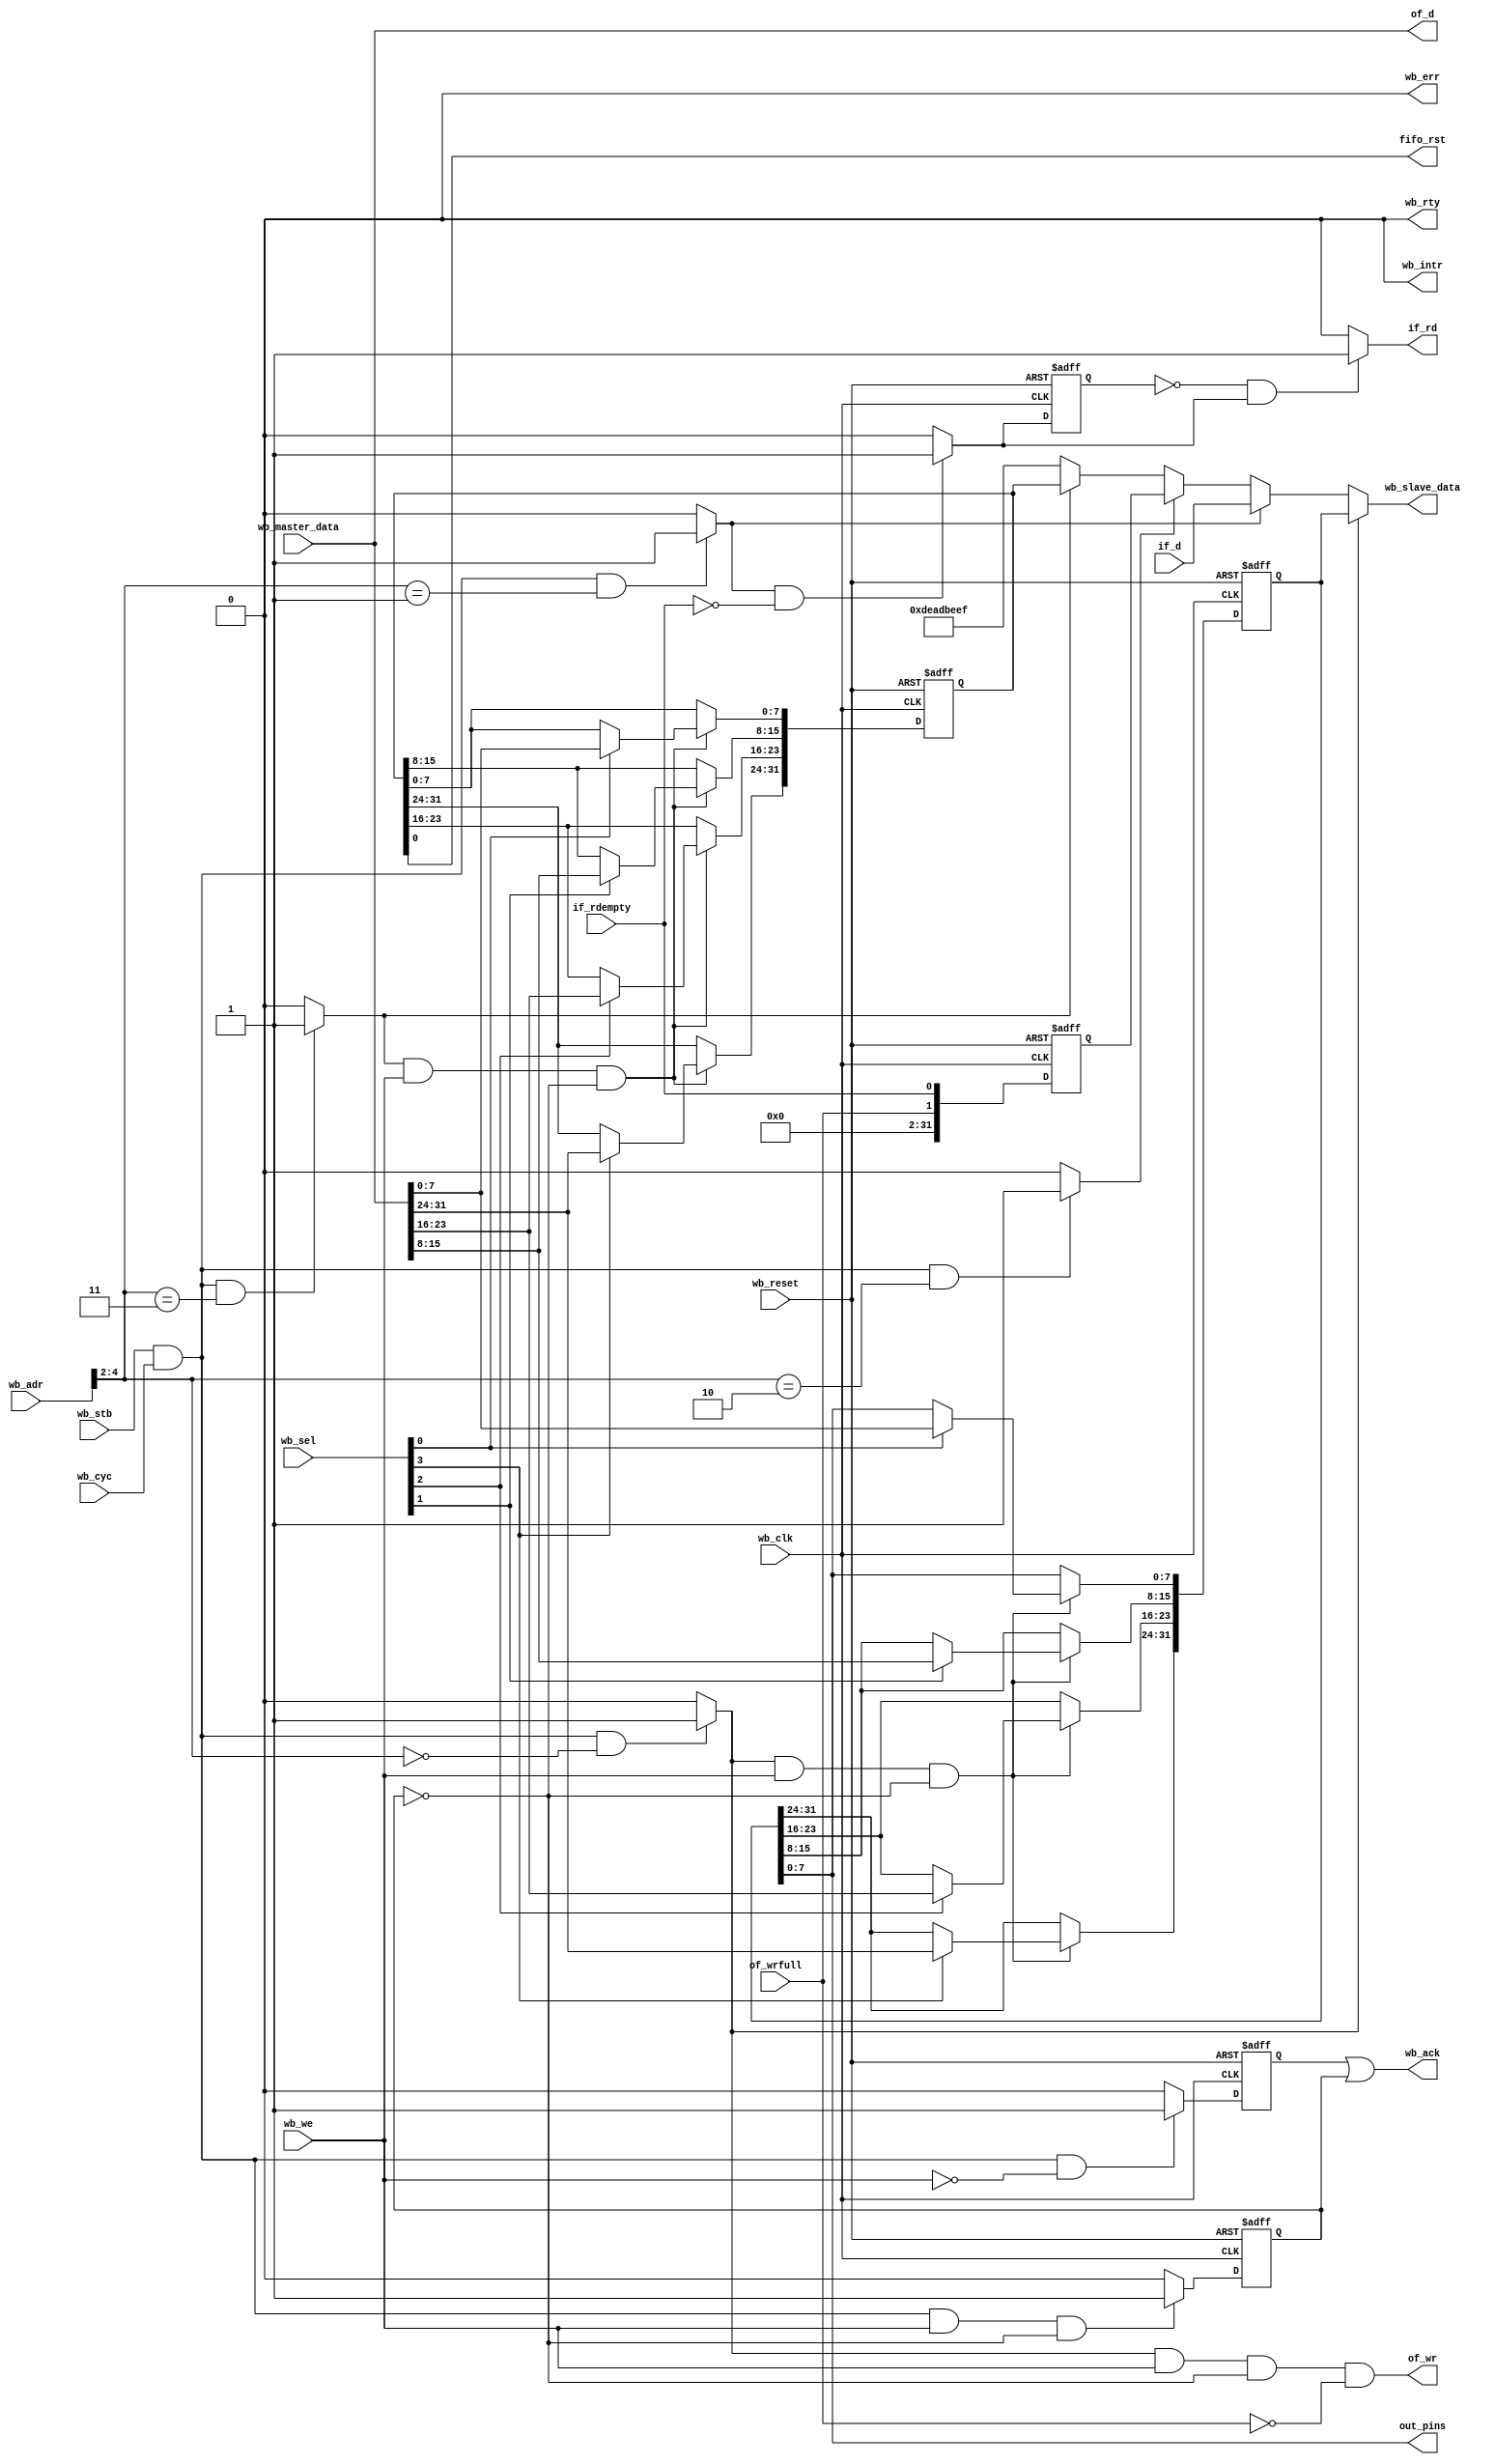
module wb_fifo_dev
   #(
      parameter reg_16_int_val = 32'h1234abcd
   )
   (
//---------------------------------------------------------------------
//
// WISHBONE clock/reset signals
//
//---------------------------------------------------------------------
      wb_reset,//-----------------WISHBONE reset
      wb_clk,//-------------------WISHBONE clock
//---------------------------------------------------------------------
//
// WISHBONE interface signals below.
// - This component does not support burst transfers.
//
//---------------------------------------------------------------------
      wb_adr,//-------------------Address from master
      wb_master_data,//-----------Data from master
      wb_cyc,//-------------------WISHBONE cycle-valid qualifier
      wb_stb,//-------------------WISHBONE transfer qualifier
      wb_sel,//-------------------Data byte-lane selection
      wb_we,//--------------------Write-enable
      wb_slave_data,//------------Data from slave
      wb_ack,//-------------------Data-valid qualifier from slave
      wb_err,//-------------------Error qualifier from slave (never asserted)
      wb_rty,//-------------------Retry qualifier from slave (never asserted)
//---------------------------------------------------------------------
//
// Interrupt line (active-high) that will be connected to the
// processor. Not used but for demonstrating custom component
// connectivity.
//
//
//---------------------------------------------------------------------
      wb_intr,//------------------Interrupt request from slave
//---------------------------------------------------------------------
//
// External pins exposed by this component
//
//---------------------------------------------------------------------
      out_pins, //------------------Output pins
      // External FIFO (outputs)
      of_d,
		of_wr,
		of_wrfull,
		// External FIFO (inputs)
		if_d,
		if_rd,
		if_rdempty,
		
		fifo_rst
   );
   input wb_reset;
   input wb_clk;
   input [31:0] wb_adr;
   input [31:0] wb_master_data;
   input wb_cyc;
   input wb_stb;
   input [3:0] wb_sel;
   input wb_we;
   output [31:0] wb_slave_data;
   output wb_ack;
   output wb_err;
   output wb_rty;
   output wb_intr;
   output [7:0] out_pins;
   output [31:0] of_d;
	output of_wr;
	input of_wrfull;
	input [31:0] if_d;
	output if_rd;
	input if_rdempty;
	output fifo_rst;
   
//------------------------------------------------------------------------
//
// Registers
//
// reg_00 : read/write 32-bit register, Data for writing to output FIFO
//
// reg_04 : read-only 32-bit register that contains data red from the input FIFO
//
// reg_08 : read-only register that contains a FIFO status: 
// reg_08[0]= if_rdempty;
// reg_08[1]= of_wrfull; 
//
// reg_12 : FIFO control register-select
// reg_12[0]= reset (Active-high)
//
// reg_16 : read-only register that contains a constant specified when
// instantiating this component in a platform
//
//------------------------------------------------------------------------
   reg [31:0] reg_00;//------------------------32-bits, RW, offset  0
   reg [31:0] reg_04;//------------------------32-bits, RO, offset  4
   reg [31:0] reg_08;//------------------------32-bits, RO, offset  8
   reg [31:0] reg_12;//------------------------32-bits, RW, offset 12
   //reg_16 constant ------------------------32-bits, RO, offset 16
   reg write_ack;//-----------------------------write-ack
   reg read_ack;//-----------------------------read-ack
   reg fiford_reg;
   reg [31:0] status_reg;
//------------------------------------------------------------------------
//
// Wires
//
//------------------------------------------------------------------------
   wire reg_00_sel;//---------------------------reg_00 selected
   wire reg_04_sel;//---------------------------reg_04 selected
   wire reg_08_sel;//---------------------------reg_08 selected
   wire reg_12_sel;//---------------------------reg_12 selected
   wire reg_16_sel;//---------------------------reg_16 selected
   wire [31:0] read_data;//---------------------reg data mux (reads)
   wire fiford; 
//
// assign register-select signals:
// since there are only four registers, use bit-3 of the
// address bus since addressing is word addressing for LatticeMico32
//
   assign reg_00_sel = ((wb_stb == 1'b1) && (wb_cyc == 1'b1)
   && (wb_adr[4:2] == 2'b000) ) ? 1'b1 : 1'b0;
   assign reg_04_sel = ((wb_stb == 1'b1) && (wb_cyc == 1'b1)
   && (wb_adr[4:2] == 2'b001) ) ? 1'b1 : 1'b0;
   assign reg_08_sel = ((wb_stb == 1'b1) && (wb_cyc == 1'b1)
   && (wb_adr[4:2] == 2'b010) ) ? 1'b1 : 1'b0;
   assign reg_12_sel = ((wb_stb == 1'b1) && (wb_cyc == 1'b1)
   && (wb_adr[4:2] == 2'b011) ) ? 1'b1 : 1'b0;
   assign reg_16_sel = ((wb_stb == 1'b1) && (wb_cyc == 1'b1)
   && (wb_adr[4:2] == 2'b100) ) ? 1'b1 : 1'b0;
   
//
// assign read ack: unregistered as data is presented
// immediately. Can make it registered to improve timing
//
//   assign read_ack = ((wb_stb == 1'b1) && (wb_cyc == 1'b1)
//   && (wb_we == 1'b0)) ? 1'b1:1'b0;

// assign read ack: registered, to capture read data from FIFO, 
// data is presented in next clock cycle
   always @( posedge wb_clk or posedge wb_reset )
      if ( wb_reset ) begin
         read_ack <= 0;
      end
      else begin
         if( (wb_stb == 1'b1) && (wb_cyc == 1'b1) && (wb_we == 1'b0) ) begin
            read_ack <= 1'b1;
         end
         else begin
            read_ack <= 1'b0;
         end
      end

//
// assign asynchronous data-output mux
//
   assign read_data =   (reg_00_sel == 1'b1)? reg_00 :
                        (reg_04_sel == 1'b1)? if_d :
                        (reg_08_sel == 1'b1)? status_reg :
                        (reg_12_sel == 1'b1)? reg_12 :
                        (reg_16_sel == 1'b1)? reg_16_int_val :
                        32'hdeadbeef;
//
// assign write-ack: registered
//
   always @( posedge wb_clk or posedge wb_reset )
      if ( wb_reset ) begin
         write_ack <= 0;
      end
      else begin
         if( (wb_stb == 1'b1) && (wb_cyc == 1'b1) &&
            (wb_we == 1'b1) && (write_ack == 1'b0) ) begin
            write_ack <= 1'b1;
         end
         else begin
            write_ack <= 1'b0;
         end
      end
 
//
// FIFO status reg_08
//
   always @( posedge wb_clk or posedge wb_reset )
      if ( wb_reset ) begin
         status_reg <= 0;
      end
      else begin
         status_reg[0] <= if_rdempty;
         status_reg[1] <= of_wrfull;
         status_reg[31:2] <= 0;
      end 
 
//
// Input FIFO read formation
//
   assign fiford = ((reg_04_sel== 1'b1) && (if_rdempty==1'b0)) ? 1'b1 : 1'b0;
   
   always @( posedge wb_clk or posedge wb_reset )
      if ( wb_reset ) begin
         fiford_reg <= 0;
      end
      else begin
         fiford_reg <= fiford;
      end
      
//
// register_00 write process: supports byte-writes
//
   always @( posedge wb_clk or posedge wb_reset )
      if ( wb_reset ) begin
         reg_00 <= 32'b0;
      end
      else begin
         if ( (reg_00_sel == 1'b1) && (wb_we == 1'b1) &&
            (write_ack == 1'b0) ) begin
            if( wb_sel[0] == 1'b1 ) begin
               reg_00[7:0] <= wb_master_data[7:0];
            end
            if( wb_sel[1] == 1'b1 ) begin
               reg_00[15:8] <= wb_master_data[15:8];
            end
            if( wb_sel[2] == 1'b1 ) begin
               reg_00[23:16] <= wb_master_data[23:16];
            end
            if( wb_sel[3] == 1'b1 ) begin
               reg_00[31:24] <= wb_master_data[31:24];
            end
         end
      end
      
//
// register_12 write process: supports byte-writes
//
   always @( posedge wb_clk or posedge wb_reset )
      if ( wb_reset ) begin
         reg_12 <= 0;
      end
      else begin
         if ( (reg_12_sel == 1'b1) && (wb_we == 1'b1) &&
            (write_ack == 1'b0) ) begin
            if( wb_sel[0] == 1'b1 ) begin
               reg_12[7:0] <= wb_master_data[7:0];
            end
            if( wb_sel[1] == 1'b1 ) begin
               reg_12[15:8] <= wb_master_data[15:8];
            end
            if( wb_sel[2] == 1'b1 ) begin
               reg_12[23:16] <= wb_master_data[23:16];
            end
            if( wb_sel[3] == 1'b1 ) begin
               reg_12[31:24] <= wb_master_data[31:24];
            end
         end
      end
      
      

//------------------------------------------------------------------------
//
// MODULE OUTPUTS
//
//------------------------------------------------------------------------
   // assign component ack
   assign wb_ack = read_ack | write_ack;
   // assign component data
   assign wb_slave_data = read_data;
   // unused rty/err
   assign wb_rty = 1'b0;
   assign wb_err = 1'b0;
   // unused interrupt (active-high)
   assign wb_intr = 1'b0;
   assign out_pins = reg_00[7:0];
   
   //Output FIFO
   assign of_d = wb_master_data;
   assign of_wr = reg_00_sel & wb_we & ~write_ack & ~of_wrfull;
   
   //Input FIFO
   assign if_rd = ((fiford_reg == 1'b0) && (fiford == 1'b1)) ? 1'b1 : 1'b0;
   
   //FIFO reset
   assign fifo_rst = reg_12[0];
   
   
   
	
	endmodule